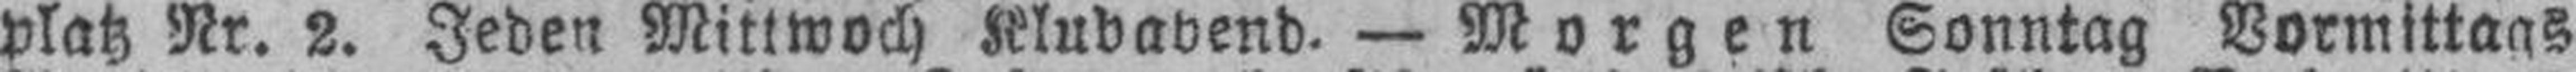
platz Nr. 2. Jeden Mittwoch Klubabend. — Morgen Sonntag Vormittags